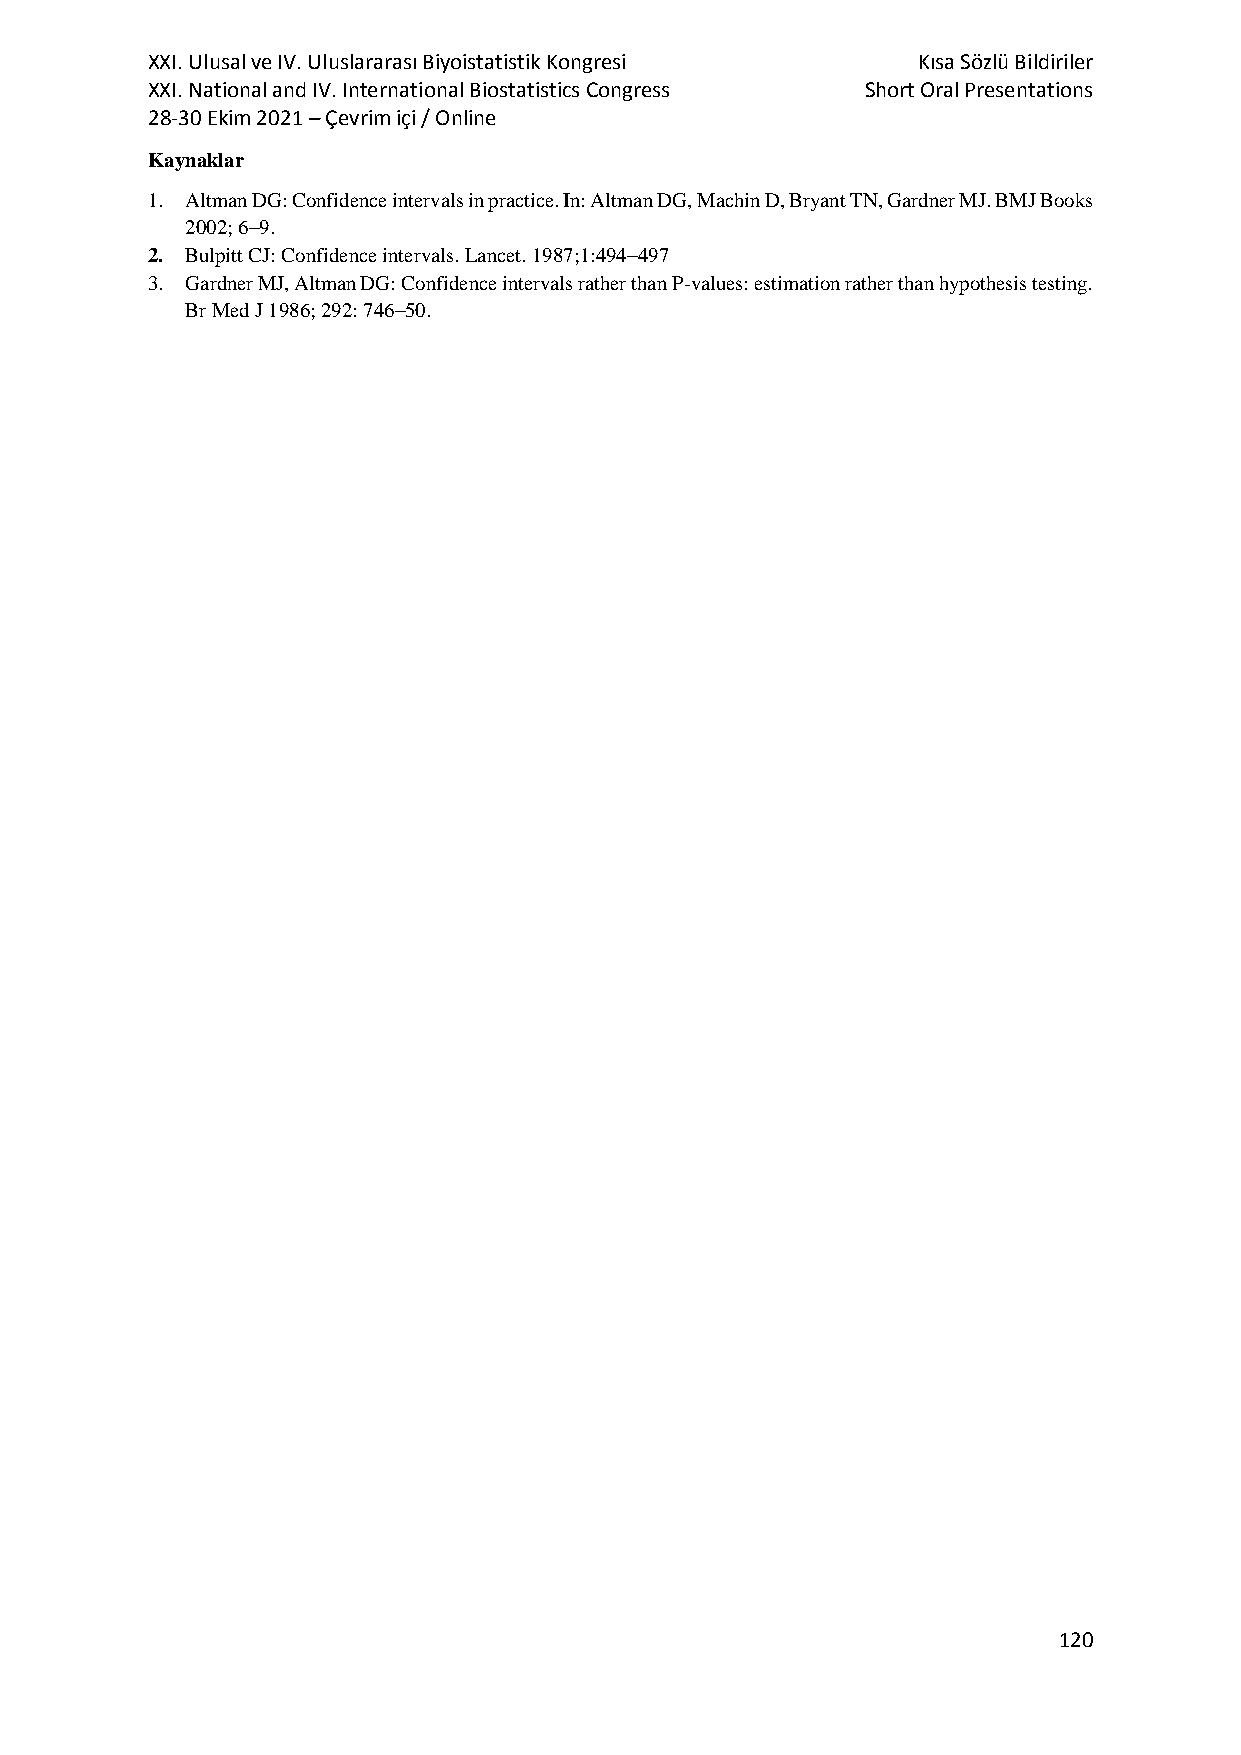
XXI. Ulusal ve IV. Uluslararası Biyoistatistik Kongresi Kısa Sözlü Bildiriler
 XXI. National and IV. International Biostatistics Congress Short Oral Presentations
 28-30 Ekim 2021 – Çevrim içi / Online
 Kaynaklar
 1. Altman DG: Confidence intervals in practice. In: Altman DG, Machin D, Bryant TN, Gardner MJ. BMJ Books
 2002; 6–9.
 2. Bulpitt CJ: Confidence intervals. Lancet. 1987;1:494–497
 3. Gardner MJ, Altman DG: Confidence intervals rather than P-values: estimation rather than hypothesis testing.
 Br Med J 1986; 292: 746–50.
 120